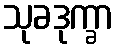
သုခဒုက္ခာ